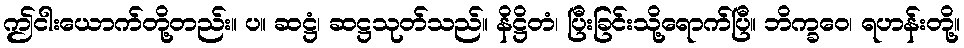
ဤငါးယောက်တို့တည်း။ ပ။ ဆဋ္ဌံ၊ ဆဋ္ဌသုတ်သည်။ နိဋ္ဌိတံ၊ ပြီးခြင်းသို့ရောက်ပြီ။ ဘိက္ခဝေ၊ ရဟန်းတို့။